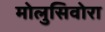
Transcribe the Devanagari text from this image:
मोलुसिवोरा